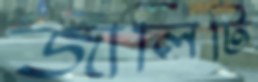
জালিটি